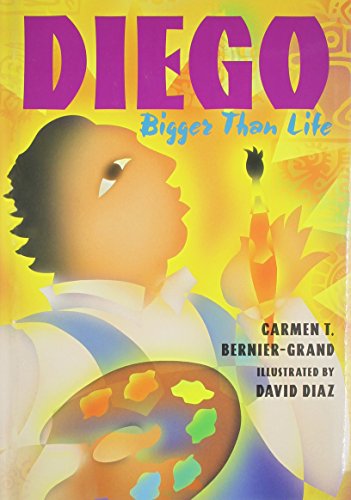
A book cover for Diego: Bigger Than Life; Carmen Bernier-Grand; Teen & Young Adult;